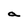
Character: a